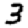
Digit: 3